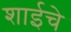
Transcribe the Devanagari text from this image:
शाईचे